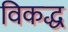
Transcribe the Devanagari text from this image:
विकद्ध